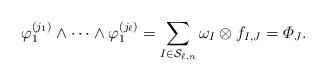
LaTeX: \begin{align*} \varphi_{1}^{(j_1)} \wedge \cdots \wedge \varphi_{1}^{(j_\ell)} = \sum_{I \in \mathcal{S}_{\ell,n}} \omega_I \otimes f_{I,J} = \varPhi_J.\end{align*}